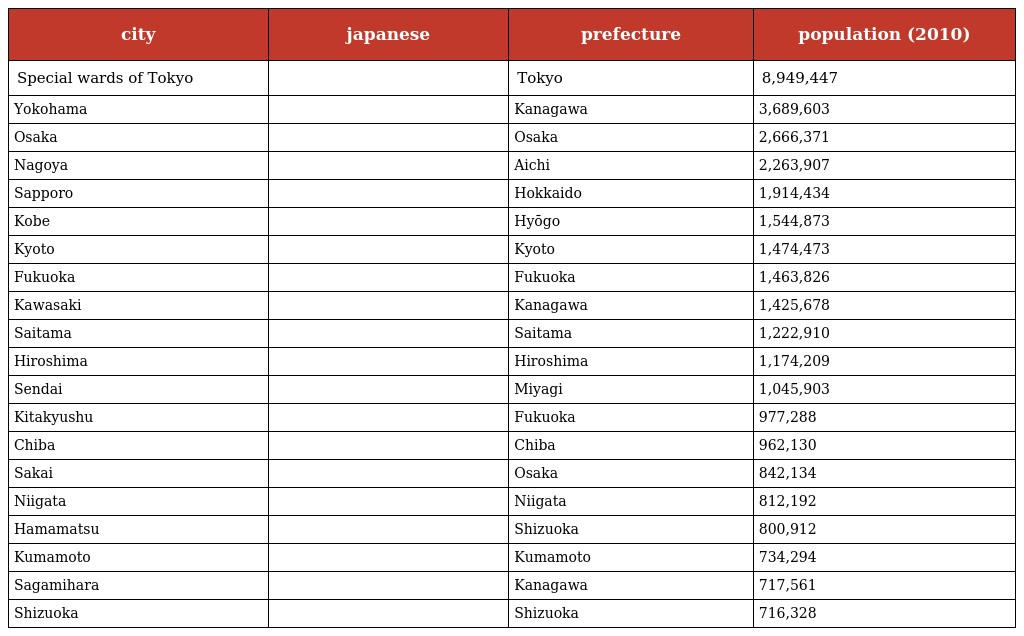
| city | japanese | prefecture | population (2010) |
 | --- | --- | --- | --- |
 | Special wards of Tokyo | 東京特別区 | Tokyo | 8,949,447 |
 | Yokohama | 横浜 | Kanagawa | 3,689,603 |
 | Osaka | 大阪 | Osaka | 2,666,371 |
 | Nagoya | 名古屋 | Aichi | 2,263,907 |
 | Sapporo | 札幌 | Hokkaido | 1,914,434 |
 | Kobe | 神戸 | Hyōgo | 1,544,873 |
 | Kyoto | 京都 | Kyoto | 1,474,473 |
 | Fukuoka | 福岡 | Fukuoka | 1,463,826 |
 | Kawasaki | 川崎 | Kanagawa | 1,425,678 |
 | Saitama | さいたま | Saitama | 1,222,910 |
 | Hiroshima | 広島 | Hiroshima | 1,174,209 |
 | Sendai | 仙台 | Miyagi | 1,045,903 |
 | Kitakyushu | 北九州 | Fukuoka | 977,288 |
 | Chiba | 千葉 | Chiba | 962,130 |
 | Sakai | 堺 | Osaka | 842,134 |
 | Niigata | 新潟 | Niigata | 812,192 |
 | Hamamatsu | 浜松 | Shizuoka | 800,912 |
 | Kumamoto | 熊本 | Kumamoto | 734,294 |
 | Sagamihara | 相模原 | Kanagawa | 717,561 |
 | Shizuoka | 静岡 | Shizuoka | 716,328 |